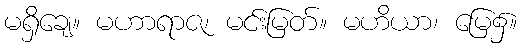
မရှိချေ။ မဟာရာဇ၊ မင်းမြတ်။ မဟိယာ၊ မြေ၌။